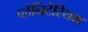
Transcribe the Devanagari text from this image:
प्लेनिटेरियम